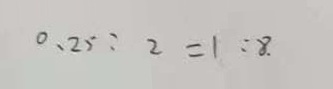
0 . 2 5 : 2 = 1 : 8 .